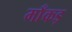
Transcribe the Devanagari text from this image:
माँकड़